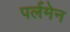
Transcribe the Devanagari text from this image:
पर्लमेन